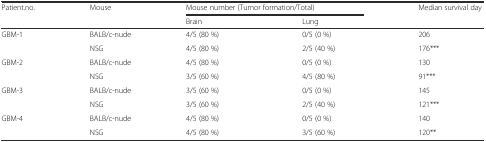
| <ROWSPAN=2> Patient.no. | <ROWSPAN=2> Mouse | <COLSPAN=2> Mouse number (Tumor formation/Total) | <ROWSPAN=2> Median survival day |
 | Brain | Lung |
 | --- | --- | --- | --- | --- |
 | <ROWSPAN=2> GBM-1 | BALB/c-nude | 4/5 (80 %) | 0/5 (0 %) | 206 |
 | NSG | 4/5 (80 %) | 2/5 (40 %) | 176*** |
 | <ROWSPAN=2> GBM-2 | BALB/c-nude | 4/5 (80 %) | 0/5 (0 %) | 130 |
 | NSG | 3/5 (60 %) | 4/5 (80 %) | 91*** |
 | <ROWSPAN=2> GBM-3 | BALB/c-nude | 3/5 (60 %) | 0/5 (0 %) | 145 |
 | NSG | 3/5 (60 %) | 2/5 (40 %) | 121*** |
 | <ROWSPAN=2> GBM-4 | BALB/c-nude | 4/5 (80 %) | 0/5 (0 %) | 140 |
 | NSG | 4/5 (80 %) | 3/5 (60 %) | 120** |